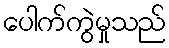
ပေါက်ကွဲမှုသည်